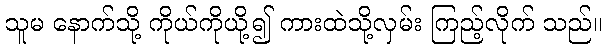
သူမ နောက်သို့ ကိုယ်ကိုယို့၍ ကားထဲသို့လှမ်း ကြည့်လိုက် သည်။